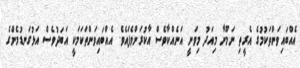
އެއްބައިވަންތަކުމުގެ އެރީތި ނަމޫނާ މިއަދު މިވަނީ އަނެއްކާވެސް އާކުރަންވެފައެވެ. އެއްބައިވަންތަކަމަކީ އަބަދުވެސް އަޅުގަނޑުމެންގެ